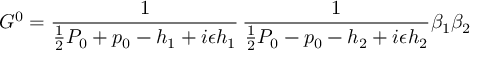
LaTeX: G ^ { 0 } = { \frac { 1 } { { \frac { 1 } { 2 } } P _ { 0 } + p _ { 0 } - h _ { 1 } + i \epsilon h _ { 1 } } } \, { \frac { 1 } { { \frac { 1 } { 2 } } P _ { 0 } - p _ { 0 } - h _ { 2 } + i \epsilon h _ { 2 } } } \beta _ { 1 } \beta _ { 2 }